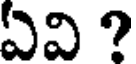
ఏవి ?